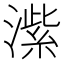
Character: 𬈶